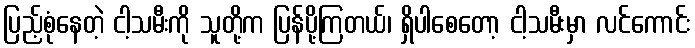
ပြည့်စုံနေတဲ့ ငါ့သမီးကို သူတို့က ပြန်ပို့ကြတယ်၊ ရှိပါစေတော့ ငါ့သမီးမှာ လင်ကောင်း